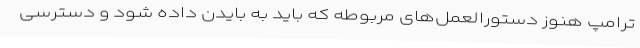
ترامپ هنوز دستورالعمل‌های مربوطه که باید به بایدن داده شود و دسترسی